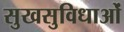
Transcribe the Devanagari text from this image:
सुखसुविधाओं